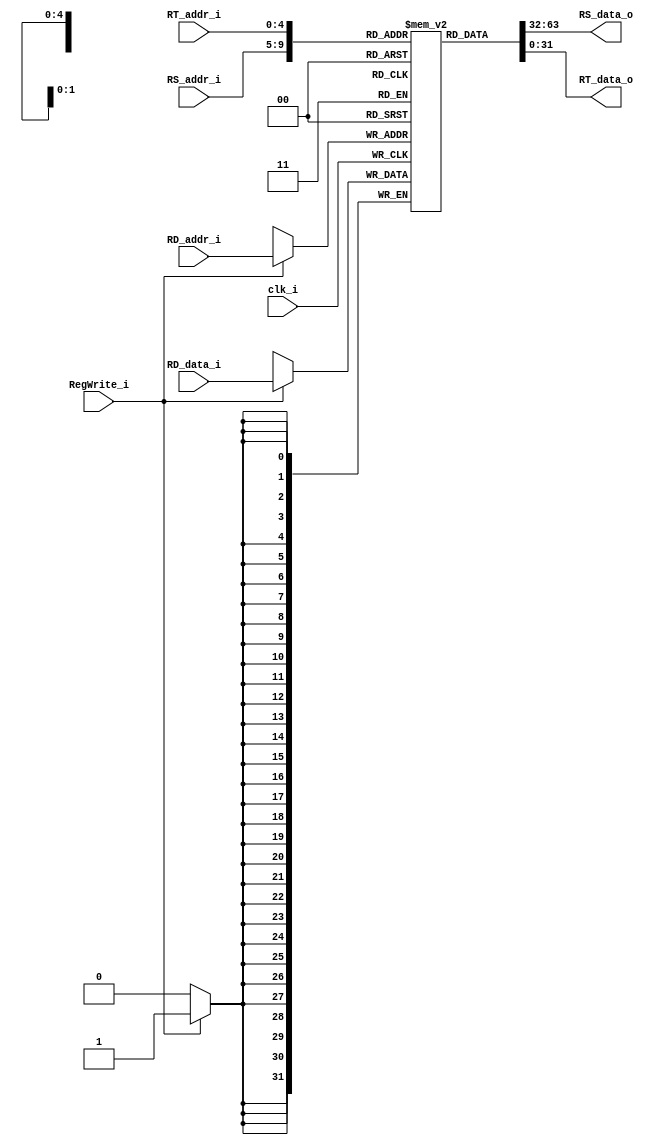
module Registers
(
    clk_i,
    RS_addr_i,
    RT_addr_i,
    RD_addr_i, 
    RD_data_i,
    RegWrite_i, 
    RS_data_o, 
    RT_data_o 
);

/* Ports */
input           clk_i;
input   [4:0]   RS_addr_i;
input   [4:0]   RT_addr_i;
input   [4:0]   RD_addr_i;
input   [31:0]  RD_data_i;
input           RegWrite_i;
output  [31:0]  RS_data_o; 
output  [31:0]  RT_data_o;

/* Register File */
reg     [31:0]  register    [0:31];

/* Read Data */
assign  RS_data_o = register[RS_addr_i];
assign  RT_data_o = register[RT_addr_i];

/* Write Data */
always @(posedge clk_i) begin
    if(RegWrite_i)
        register[RD_addr_i] <= RD_data_i;
end

endmodule